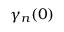
\gamma _ { n } ( 0 )